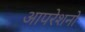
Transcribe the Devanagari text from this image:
आपरेशनो